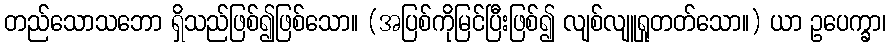
တည်သောသဘော ရှိသည်ဖြစ်၍ဖြစ်သော။ (အပြစ်ကိုမြင်ပြီးဖြစ်၍ လျစ်လျူရှုတတ်သော။) ယာ ဥပေက္ခာ၊